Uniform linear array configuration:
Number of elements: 24
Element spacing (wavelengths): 0.25
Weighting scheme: kaiser
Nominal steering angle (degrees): -60
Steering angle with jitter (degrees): -58.987
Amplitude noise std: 0.05
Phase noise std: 0.05

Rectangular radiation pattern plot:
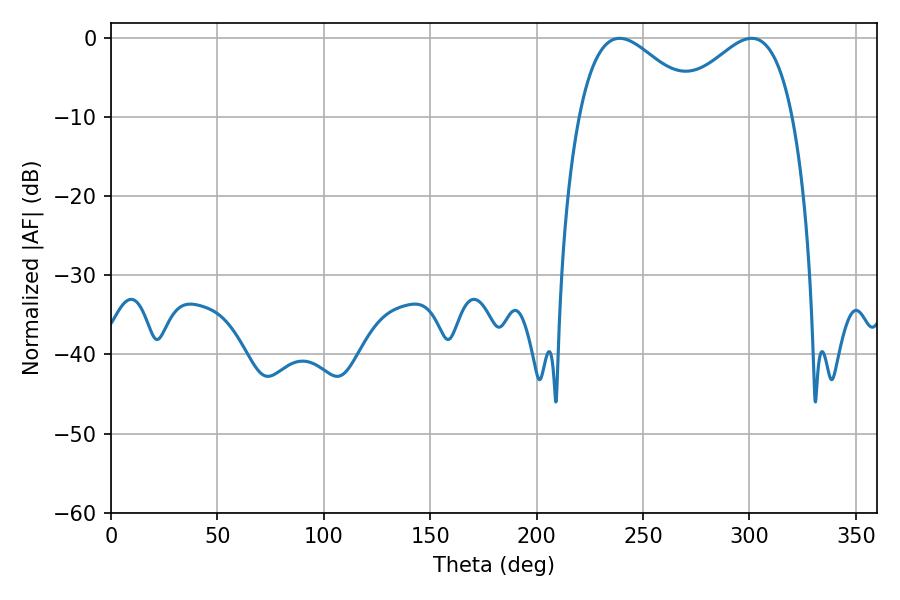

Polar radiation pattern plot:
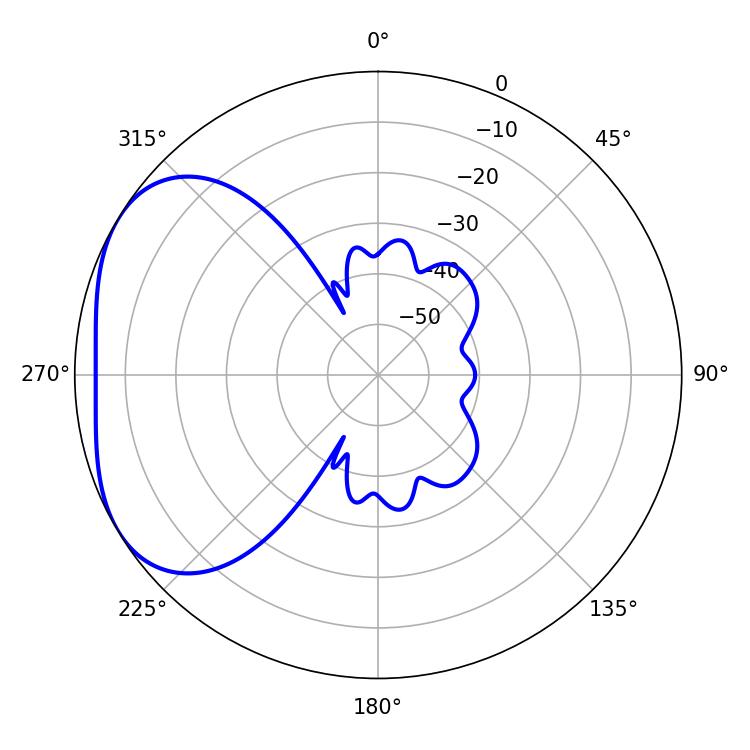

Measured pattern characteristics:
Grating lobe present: FALSE
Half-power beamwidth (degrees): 30.78
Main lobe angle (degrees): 239.04